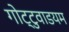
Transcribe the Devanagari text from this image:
गोट्टुवाडयम